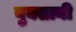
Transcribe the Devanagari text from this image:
बुक्सानी